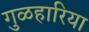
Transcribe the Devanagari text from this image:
गुळहारिया